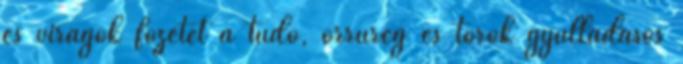
és virágok főzetét a tüdő, orrüreg és torok gyulladásos